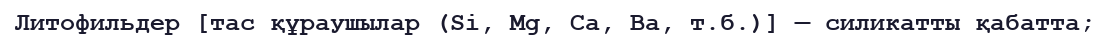
Литофильдер [тас құраушылар (Sі, Mg, Ca, Ba, т.б.)] — силикатты қабатта;